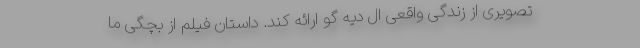
تصویری از زندگی واقعی ال دیه گو ارائه کند. داستان فیلم از بچگی ما